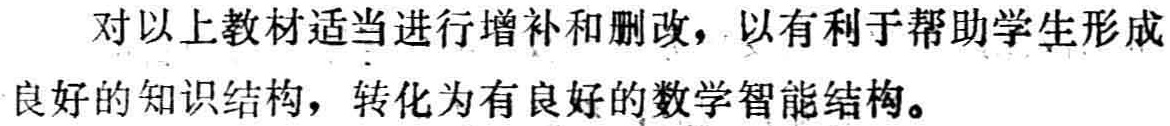
对以上教材适当进行增补和删改，以有利于帮助学生形成良好的知识结构，转化为有良好的数学智能结构。